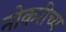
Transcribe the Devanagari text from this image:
नोकरीच्य